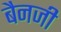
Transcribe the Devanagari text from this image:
बैनजी